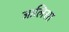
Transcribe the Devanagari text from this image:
जालिसा